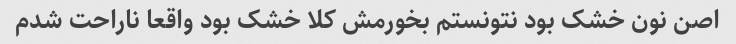
اصن نون خشک بود نتونستم بخورمش کلا خشک بود واقعا ناراحت شدم